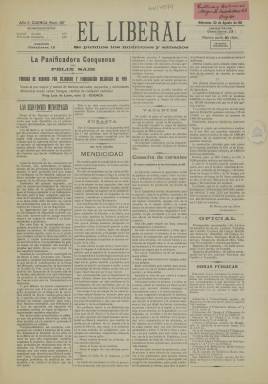
Título: El Liberal (Cuenca)
Colección: Periódicos
Ámbito geográfico: Cuenca
Lugar de publicación: Cuenca
Fechas: 30/08/1911-30/08/1911

Periódico bisemanal que se publicaba los miércoles y sábados y que se identificaba con el ideario del Partido Liberal de la época de la Restauración que encabezó Sagasta hasta su muerte y que, en el año de su aparición en 1909, tenía como líder a José Canalejas, quien llegó a la presidencia del Gobierno y fue asesinado en un atentado terrorista en 1912.

  No era el principal periódico de este ideario en Cuenca. Antes apareció El Demócrata y el más destacado fue El Día de Cuenca, que nació en 1914 y defendía un liberalismo moderado. El periódico Liberal se significó durante su andadura por las continuas polémicas con su rival ideológico regional El Mundo, periódico conservador aparecido en 1910.

  Con solo cuatro páginas y dirigido por Leopoldo Garrido, El Liberal comenzó a publicarse en diciembre de 1909 y antes de cumplir un año sufrió una suspensión, que no sería la única dado que en su trayectoria hasta su desaparición en 1929 hubo varias suspensiones y reapariciones.

  Su contenido estaba marcado por su ideario en los artículos de fondo, aunque el periódico daba importancia a la información local, tanto de la capital conquense como de la provincia, sin olvidar noticias nacionales de relieve. Se podían encontrar en sus páginas tanto sucesos como piezas literarias, lo que da la impresión de ser un cajón de sastre. Dedicaba la última página a la publicidad, pero también podía haber anuncios en la tercera página.

  La Biblioteca Nacional de España solo posee un número de este periódico, el correspondiente al 30 de agosto de 1911. En este número puede verse la variedad de asuntos de los que trataba, como un artículo en portada sobre la mendicidad en España y el nepotismo y el enchufismo en la Administración.

  Pero El Liberal también podía poner el foco en temas internacionales. A este respecto, es interesante un suelto titulado ‘La guerra del porvenir’ en el que se hace eco de una información de la prensa francesa sobre la utilidad de la aviación en caso de conflicto bélico, algo que se vería corroborado en la Primera Guerra Mundial.

  Más información sobre este periódico y otros de la provincia de Cuenca puede obtenerse en el libro ‘Historia y Evolución de la Prensa Conquense (1811-1939)’, de Ángel Luis López Villaverde e Isidro Sánchez Sánchez. Editado por la Universidad de Castilla-La Mancha en 1998, está disponible en abierto en internet.

[Descripción publicada el 20/09/2024]